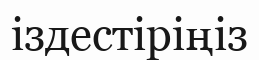
іздестіріңіз